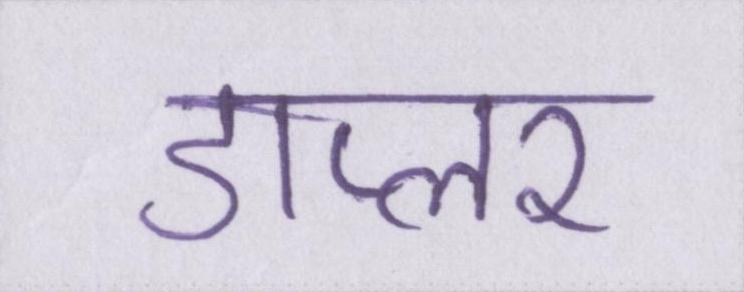
डाप्लर